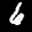
Label: 6